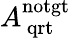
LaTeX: {A_{\, \mathrm{{qrt}}}^{\mathrm{{notgt}}}}